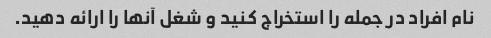
نام افراد در جمله را استخراج کنید و شغل آنها را ارائه دهید.